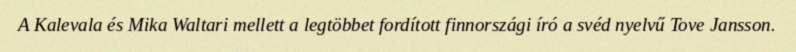
A Kalevala és Mika Waltari mellett a legtöbbet fordított finnországi író a svéd nyelvű Tove Jansson.